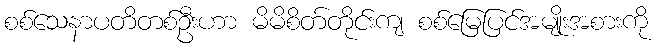
စစ်သေနာပတိတစ်ဦးဟာ မိမိစိတ်တိုင်းကျ စစ်မြေပြင်အမျိုးအစားကို